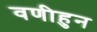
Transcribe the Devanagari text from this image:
वणीहुन